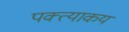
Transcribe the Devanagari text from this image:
पक्त्याकय